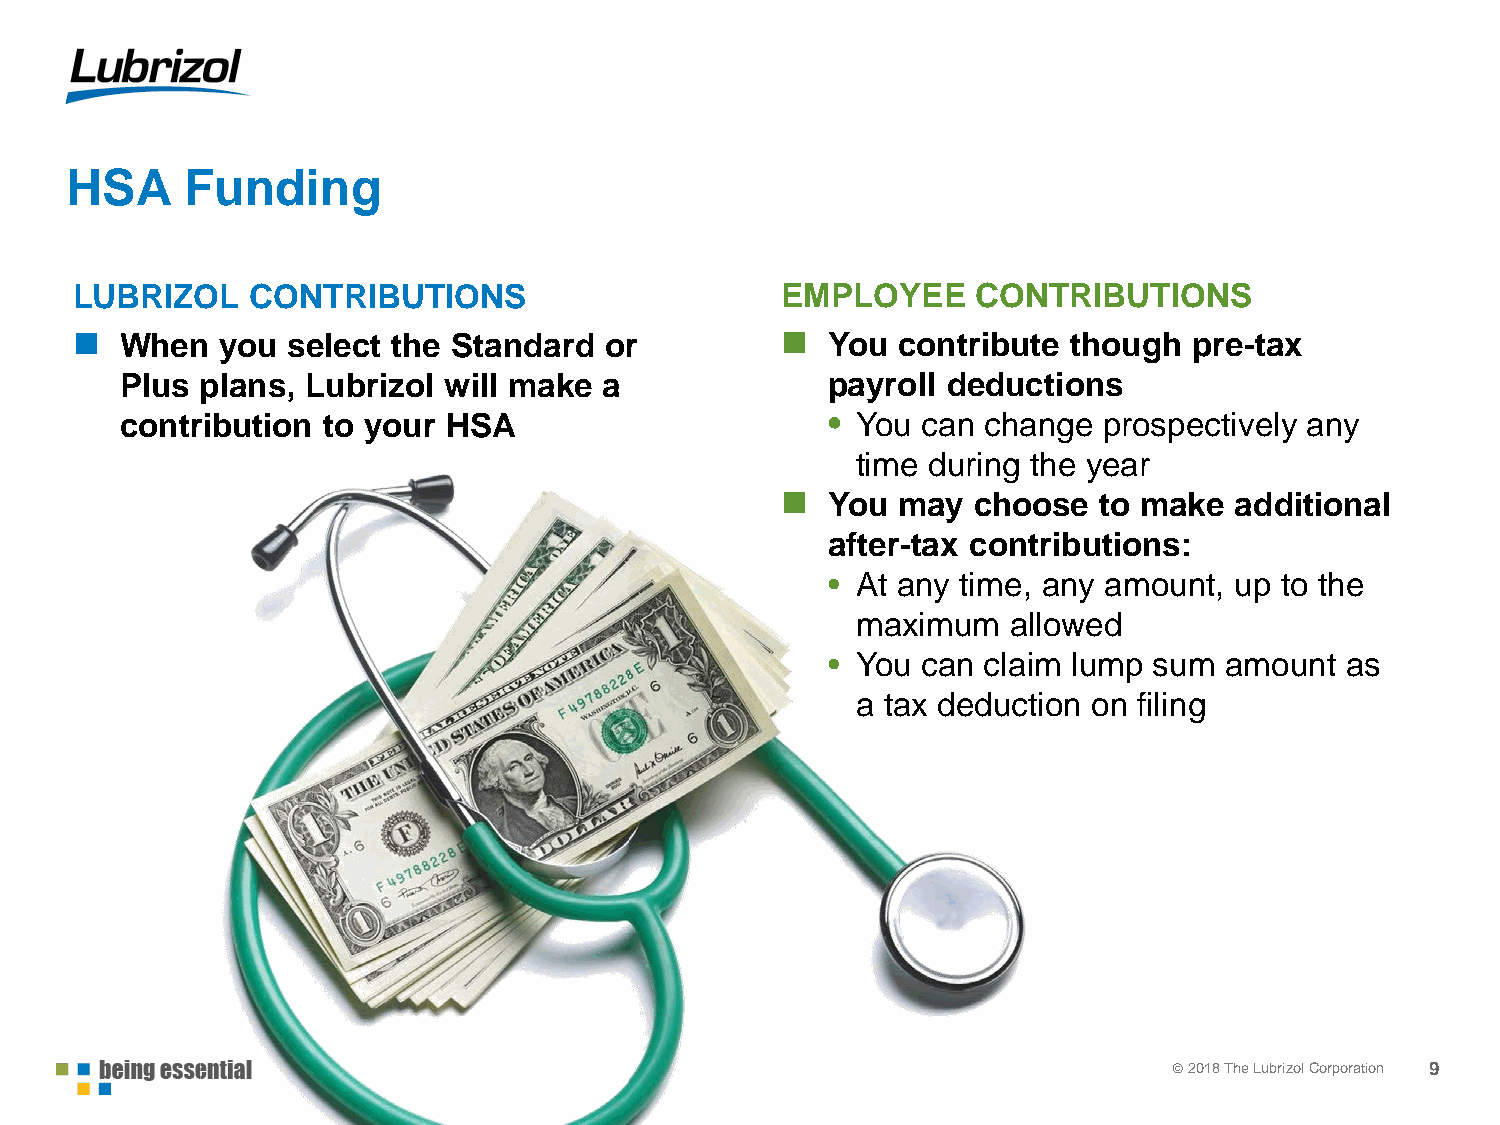
HSA     Funding
 LUBRIZOL    CONTRIBUTIONS                      EMPLOYEE     CONTRIBUTIONS
                                               
 When   you select the Standard  or             You contribute  though  pre-tax
 Plus plans, Lubrizol will make  a              payroll deductions
 contribution to your  HSA                      • You can change  prospectively any
 time during the year
 
 You may  choose   to make  additional
 after-tax contributions:
 • At any time, any amount, up to the
 maximum   allowed
 • You can claim lump sum  amount  as
 a tax deduction on filing
 © 22001178 TThhee LLuubbrrizizool lC Coorprpoorartaiotinon 9